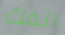
الفك